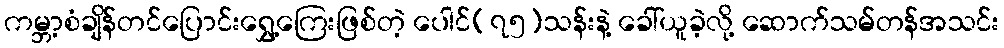
ကမ္ဘာ့စံချိန်တင်ပြောင်းရွှေ့ကြေးဖြစ်တဲ့ ပေါင်(၇၅)သန်းနဲ့ ခေါ်ယူခဲ့လို့ ဆောက်သမ်တန်အသင်း